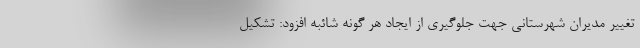
تغییر مدیران شهرستانی جهت جلوگیری از ایجاد هر گونه شائبه افزود: تشکیل